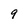
Character: 9